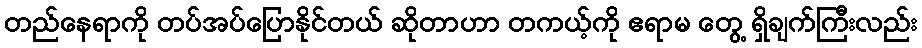
တည်နေရာကို တပ်အပ်ပြောနိုင်တယ် ဆိုတာဟာ တကယ့်ကို ဧရာမ တွေ့ ရှိချက်ကြီးလည်း